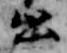
出